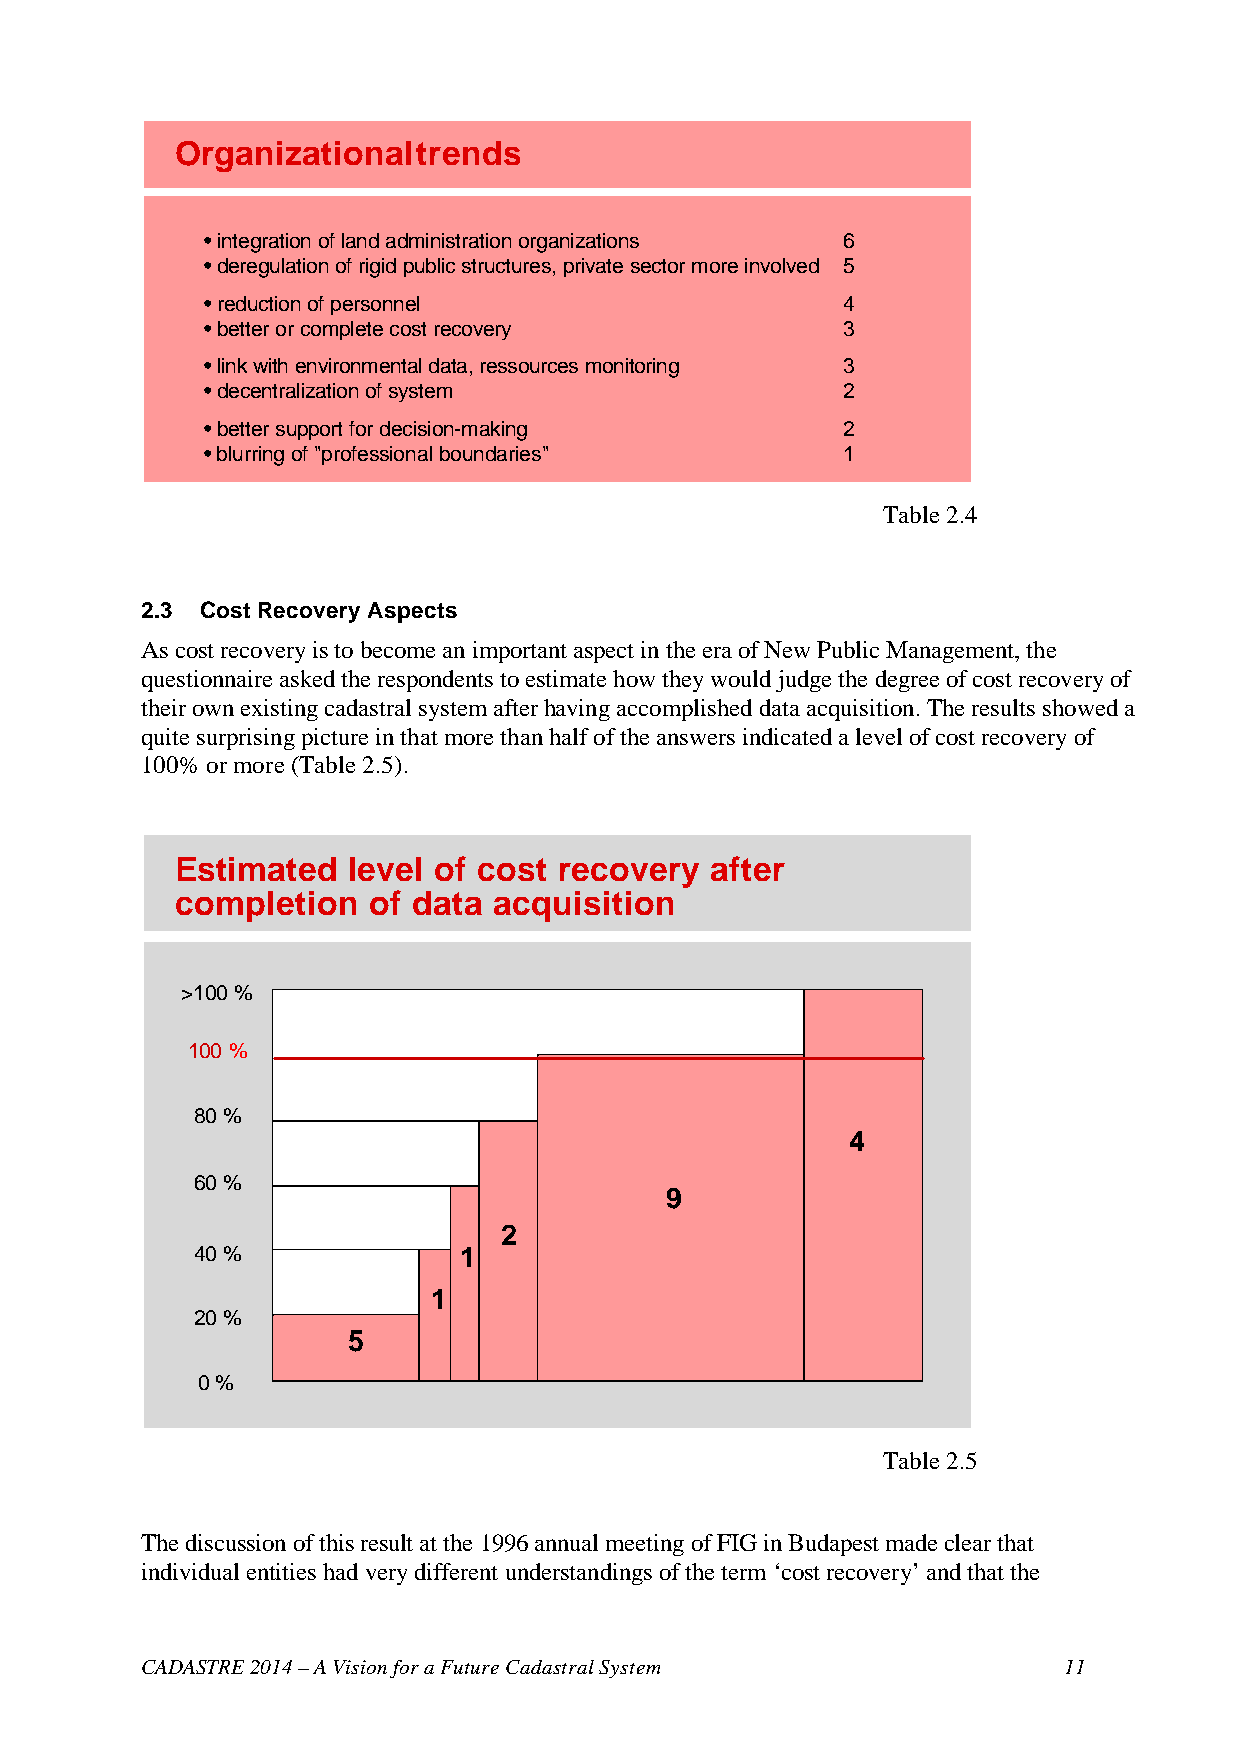
Organizational  trends
 • integration of land administration organizations 6
 • deregulation of rigid public structures, private sector more involved 5
 • reduction of personnel                   4
 • better or complete cost recovery         3
 • link with environmental data, ressources monitoring 3
 • decentralization of system               2
 • better support for decision-making       2
 • blurring of "professional boundaries"    1
 Table 2.4
 2.3 Cost Recovery Aspects
 As cost recovery is to become an important aspect in the era of New Public Management, the
 questionnaire asked the respondents to estimate how they would judge the degree of cost recovery of
 their own existing cadastral system after having accomplished data acquisition. The results showed a
 quite surprising picture in that more than half of the answers indicated a level of cost recovery of
 100% or more (Table 2.5).
 Estimated  level of cost recovery  after
 completion  of data  acquisition
 >100 %
 100 %
 80 %
 4
 60 %
 9
 2
 40 %             1
 1
 20 %
 5
 0 %
 Table 2.5
 The discussion of this result at the 1996 annual meeting of FIG in Budapest made clear that
 individual entities had very different understandings of the term ‘cost recovery’ and that the
 CADASTRE 2014 – A Vision for a Future Cadastral System       11